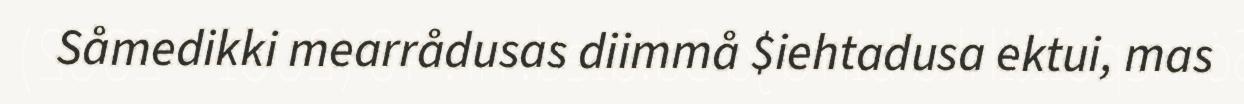
Såmedikki mearrådusas diimmå $iehtadusa ektui, mas